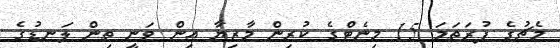
މެޗުގެ ފުރަތަމަ 15 މިނެޓްގެ ކުރިން މާޒިޔާ އިން ވަނީ ތިން ލަނޑުގެ